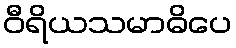
ဝီရိယသမာဓိပေ